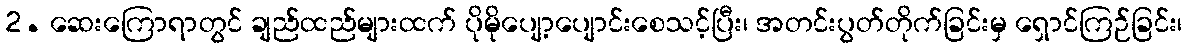
2. ဆေးကြောရာတွင် ချည်ထည်များထက် ပိုမိုပျော့ပျောင်းစေသင့်ပြီး၊ အတင်းပွတ်တိုက်ခြင်းမှ ရှောင်ကြဉ်ခြင်း၊